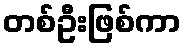
တစ်ဦးဖြစ်ကာ